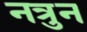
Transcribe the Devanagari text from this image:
नत्रुन